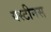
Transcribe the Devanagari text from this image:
यस्टीनस